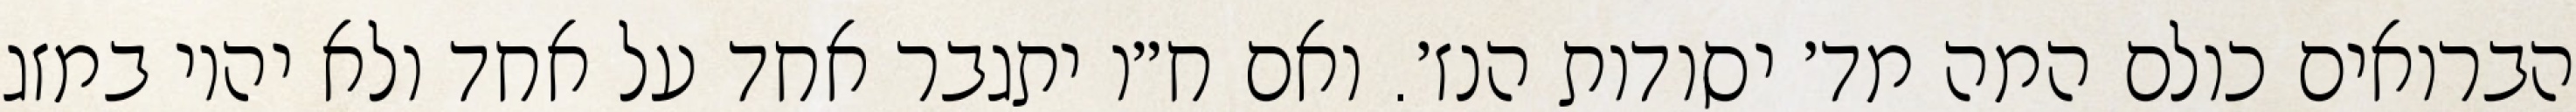
הברואים כולם המה מד׳ יסודות הנז׳. ואם ח״ו יתגבר אחד על אחד ולא יהיו במזג